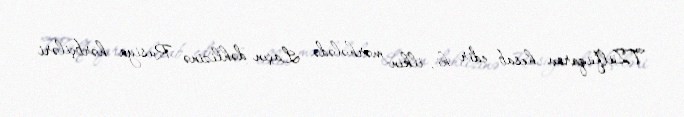
T.Zülfüqarov hesab edir ki, ilkin mərhələdə Laçın dəhlizinə Rusiya hərbçiləri